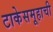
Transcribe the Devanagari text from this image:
टाकेसमूहाची